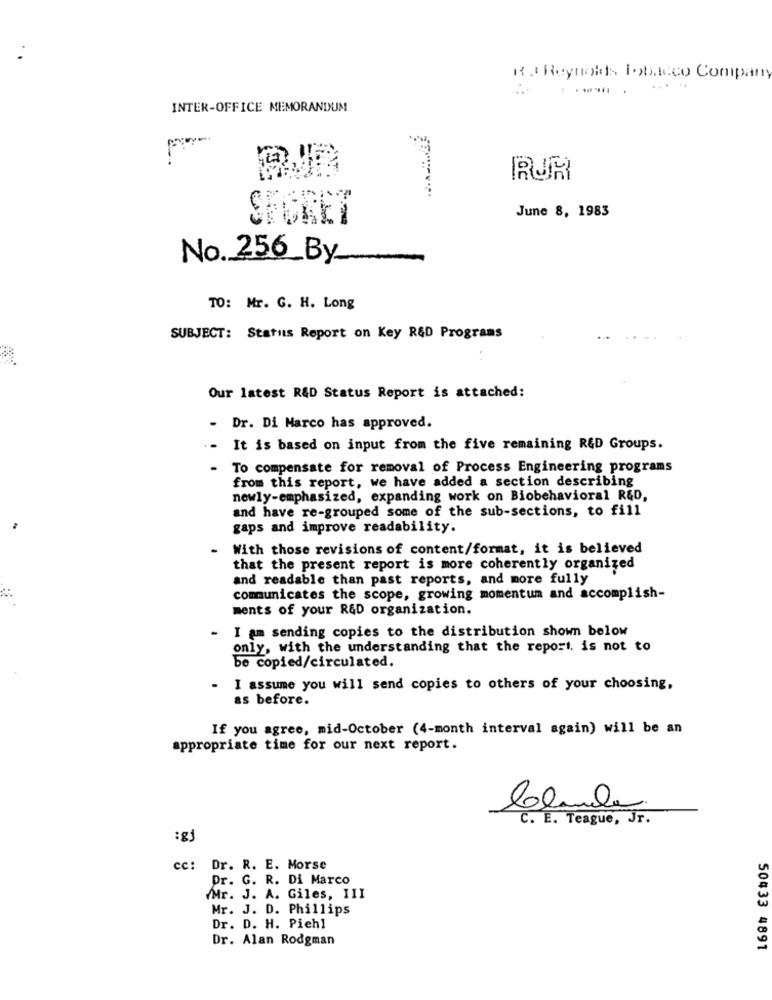
R J Reynolds Tobacco Company
INTER-OFFICE MEMORANDUM
IRJR
June 8, 1983
No. 256_By
TO: Mr. G. H. Long
SUBJECT: Status Report on Key R&D Programs
Our latest R&D Status Report is attached:
- Dr. Di Marco has approved.
.-
It is based on input from the five remaining R&D Groups.
To compensate for removal of Process Engineering programs
from this report, we have added a section describing
newly-emphasized, expanding work on Biobehavioral R&D,
and have re-grouped some of the sub-sections, to fill
gaps and improve readability.
With those revisions of content/format, it is believed
that the present report is more coherently organized
and readable than past reports, and more fully
communicates the scope, growing momentum and accomplish-
ments of your R&D organization.
I am sending copies to the distribution shown below
only, with the understanding that the report. is not to
be copied/circulated.
I assume you will send copies to others of your choosing,
as before.
If you agree, mid-October (4-month interval again) will be an
appropriate time for our next report.
Claude
C. E. Teague, Jr.
:gj
cc: Dr. R. E. Morse
Dr. G. R. Di Marco
Mr. J. A. Giles, III
Mr. J. D. Phillips
Dr. D. H. Pichl
Dr. Alan Rodgman
50433 4891